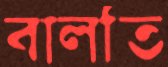
বালতি